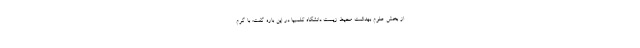
از بخش علوم بهداشت محیط زیست دانشگاه کلمبیا در این باره گفت: با گرم